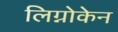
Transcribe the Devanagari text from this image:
लिग्नोकेन